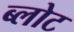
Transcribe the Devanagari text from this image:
ब्लोट